Vaccination in Bombay 1874-1876 - 1874-1876
Year: 1874
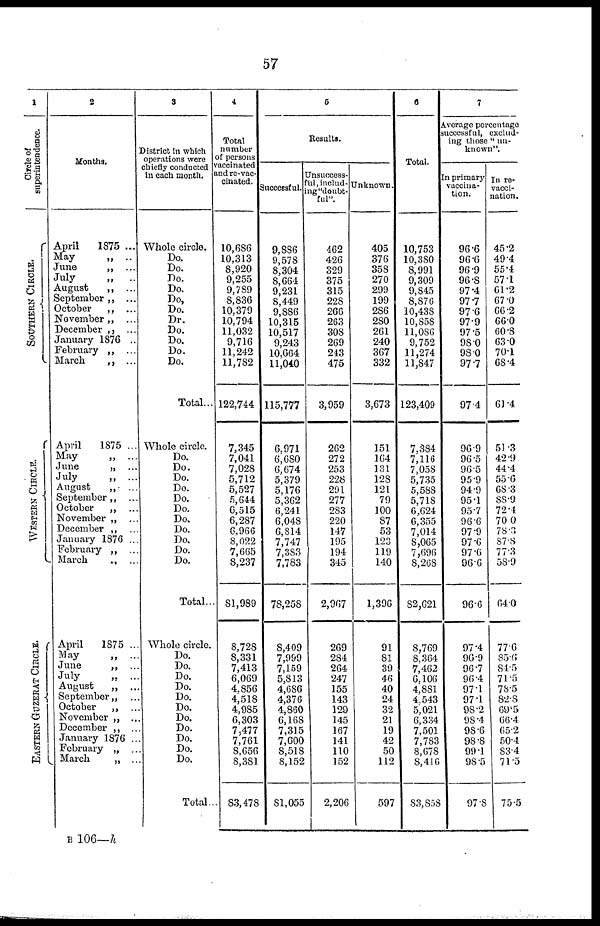
57
1
Circle of
superintendence.
SOUTHERN CIRCLE.
WESTERN CIRCLE.
EASTERN GUZERAT CIRCLE.
2
Months.
April
1875 ...
May
„ ..
June
„
July
„
August
„ ...
September „ ...
October
„
November „
December „
January 1876 ..
February „ ...
March
„ ...
April
1875 ...
May
„ ...
June
„
July
„ ...
August
„ ...
September „ ...
October
„ ...
November „ ...
December „ ...
January 1876 ...
February „ ...
March
„ ...
April
1875 ..
May
„ ...
June
„ ...
July
„ ...
August
„ ...
September „ ...
October
„ ...
November „ ...
December „ ...
January 1876 ...
February „ ...
March
„ ...
3
District in which
operations were
chiefly conducted
in each month.
Whole circle.
Do.
Do.
Do.
Do.
Do,
Do.
Dr.
Do.
Do.
Do.
Do.
Total...
Whole circle.
Do.
Do.
Do.
Do.
Do.
Do.
Do.
Do.
Do.
Do.
Do.
Total...
Whole circle.
Do.
Do.
Do.
Do.
Do.
Do.
Do.
Do.
Do.
Do.
Do.
Total..
4
Total
number
of persons
vaccinated
and re-vac¬
cinated.
10,686
10,313
8,920
9,255
9,789
8,836
10,379
10,794
11,032
9,716
11,242
11,782
122,744
7,345
7,041
7,028
5,712
5,527
5,644
6,515
6,287
6,966
8,022
7,665
8,237
81,989
8,728
8,331
7,413
6,069
4,856
4,518
4,985
6,303
7,477
7,761
8,656
8,381
83,478
5
Results.
Successful.
9,886
9,578
8,304
8,664
9,231
8,449
9,886
10,315
10,517
9,243
10,664
11,040
115,777
6,971
6,680
6,674
5,379
5,176
5,362
6,241
6,048
6,814
7,747
7,383
7,783
78,258
8,409
7,999
7,159
5,813
4,686
4,376
4,860
6,168
7,315
7,600
8,518
8,152
81,055
Unsuccess¬
ful, includ¬
ing "doubt-
ful".
462
426
329
375
315
228
266
263
308
269
243
475
3,959
262
272
253
228
291
277
283
220
147
195
194
345
2,967
269
284
264
247
155
143
129
145
167
141
110
152
2,206
Unknown.
405
376
358
270
299
199
286
280
261
240
367
332
3,673
151
164
131
128
121
79
100
87
53
123
119
140
1,396
91
81
39
46
40
24
32
21
19
42
50
112
597
6
Total.
10,753
10,380
8,991
9,309
9,845
8,876
10,438
10,858
11,086
9,752
11,274
11,847
123,409
7,384
7,116
7,058
5,735
5,588
5,718
6,624
6,355
7,014
8,065
7,696
8,268
82,621
8,769
8,364
7,462
6,106
4,881
4,543
5,021
6,334
7,501
7,783
8,678
8,416
83,858
7
Average percentage
successful, exclud-
ing those " un-
known".
In primary
vaccina-
tion.
96.6
96.6
96.9
96.8
97.4
97.7
97.6
97.9
97.5
98.0
98.0
97.7
97.4
96.9
96.5
96.5
95.9
94.9
95.1
95.7
96.6
97.9
97.6
97.6
96.6
96.6
97.4
96.9
96.7
96.4
97.1
97.1
98.2
98.4
98.6
98.8
99.1
98.5
97.8
In re-
vacci-
nation.
45.2
49.4
55.4
57.1
61.2
67.0
66.2
66.0
60.8
63.0
70.1
68.4
61.4
51.3
42.9
44.4
55.6
68.3
88.9
72.4
70.0
78.3
87.8
77.3
58.9
64.0
77.6
85.6
84.5
71.5
78.5
82.8
69.5
66.4
65.2
50.4
83.4
71.5
75.5
B 106—h